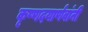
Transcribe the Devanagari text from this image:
कृष्णदयार्णवांनी